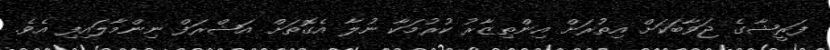
ފަރީޝާގެ ޖަވާބަކަށް އިތުރަށް އިންތިޒާރު ކުރުމަކާ ނުލާ އެގޮތަށް އަޝްރަފް ނިންމާލައިފި އެވެ.